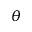
\theta